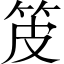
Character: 𤿤